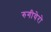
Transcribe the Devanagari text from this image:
रुगीयेरो